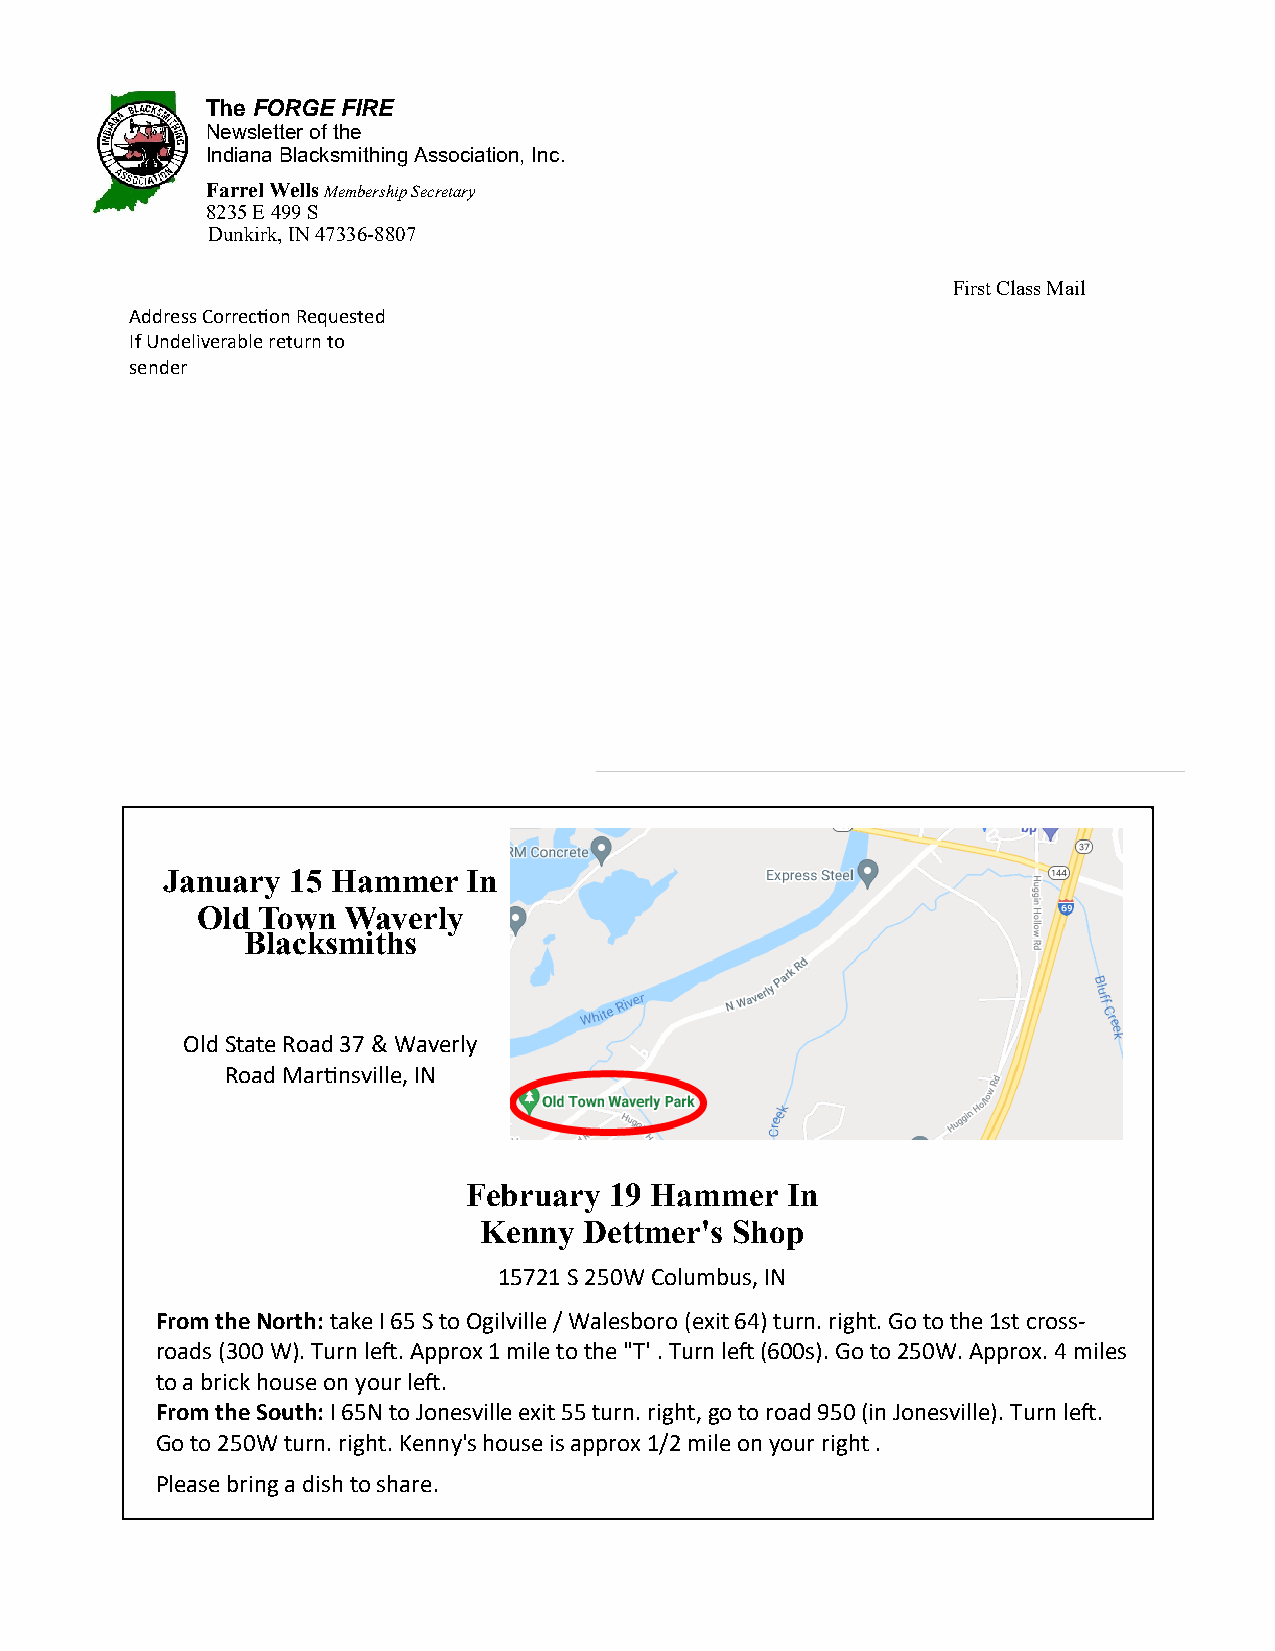
The FORGE FIRE
 Newsletter of the
 Indiana Blacksmithing Association, Inc.
 Farrel Wells Membership Secretary
 8235 E 499 S
 Dunkirk, IN 47336-8807
 First Class Mail
 Address Correction Requested
 If Undeliverable return to
 sender
 January 15 Hammer   In
 Old Town  Waverly
 Blacksmiths
 Old State Road 37 & Waverly
 Road Martinsville, IN
 February 19 Hammer   In
 Kenny  Dettmer's Shop
 15721 S 250W Columbus, IN
 From the North: take I 65 S to Ogilville / Walesboro (exit 64) turn. right. Go to the 1st cross-
 roads (300 W). Turn left. Approx 1 mile to the "T' . Turn left (600s). Go to 250W. Approx. 4 miles
 to a brick house on your left.
 From the South: I 65N to Jonesville exit 55 turn. right, go to road 950 (in Jonesville). Turn left.
 Go to 250W turn. right. Kenny's house is approx 1/2 mile on your right .
 Please bring a dish to share.